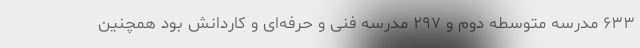
۶۳۳ مدرسه متوسطه دوم و ۲۹۷ مدرسه فنی و حرفه‌ای و کاردانش بود همچنین